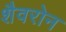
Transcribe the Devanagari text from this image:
शैवरोन